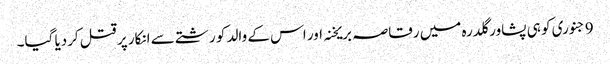
9 جنوری کو ہی پشاور گلدرہ میں رقاصہ بریخنہ اور اس کے والد کو رشتے سے انکار پر قتل کردیا گیا۔